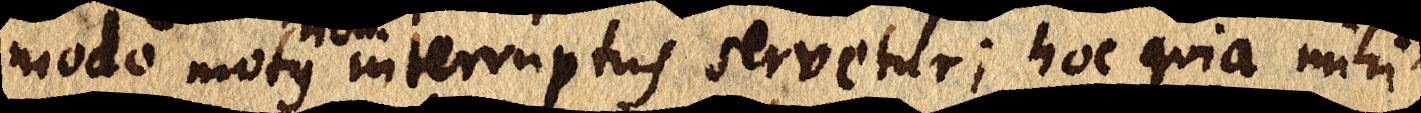
modo motus interruptus servetur; hoc quia mihi